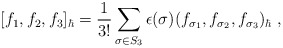
\begin{align*}[f_1,f_2,f_3]_\hbar=\frac{1}{3!}\sum_{\sigma\in S_3}\epsilon(\sigma)(f_{\sigma_1},f_{\sigma_2},f_{\sigma_3})_\hbar\; ,\end{align*}